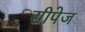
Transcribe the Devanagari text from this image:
सीपेज